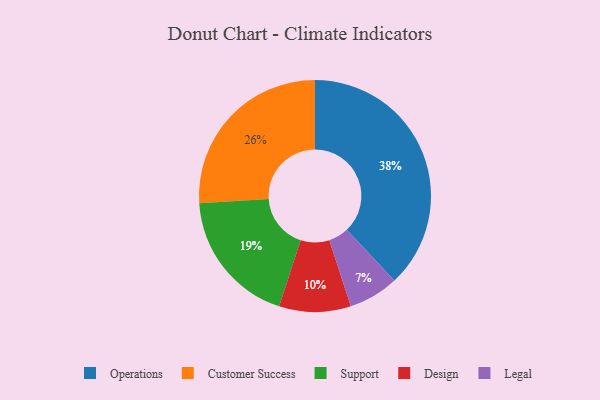
{"axis": {"x": "Category", "y": "Percentage"}, "legend": ["Customer Success", "Design", "Legal", "Operations", "Support"], "data": [{"x": "Operations", "y": 38, "type": "Operations"}, {"x": "Legal", "y": 7, "type": "Legal"}, {"x": "Design", "y": 10, "type": "Design"}, {"x": "Customer Success", "y": 26, "type": "Customer Success"}, {"x": "Support", "y": 19, "type": "Support"}]}